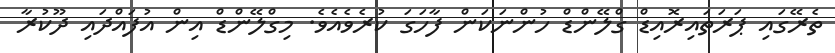
ތެރޭގައި ޕަރަތައިރޮއިޑް ގްލޭންޑް ހުންނަކަން ފާހަގަ ކުރެވެއެވެ. މިގްލޭންޑް އިން އުފައްދައި ދޫކުރާ